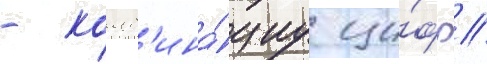
- комб'ина́циу ци́фр /